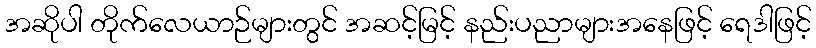
အဆိုပါ တိုက်လေယာဉ်များတွင် အဆင့်မြင့် နည်းပညာများအနေဖြင့် ရေဒါဖြင့်